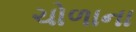
ચોળાના